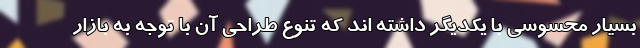
بسیار محسوسی با یکدیگر داشته اند که تنوع طراحی آن با توجه به بازار